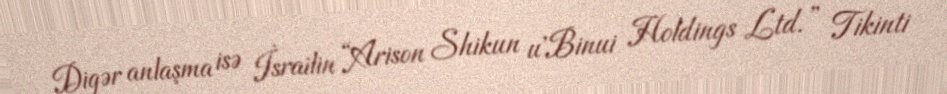
Digər anlaşma isə İsrailin “Arison Shikun u'Binui Holdings Ltd.” Tikinti